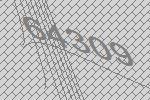
64309